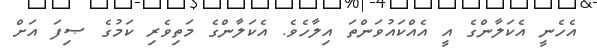
އެހެނީ އެކަލާންގެ އީ އެއްކައުވަންތަ އިލާހެވެ. އެކަލާންގެ މަތިވެރި ކަމުގެ ޞިފަ އަށް